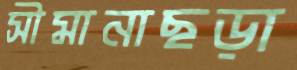
সীমানাছড়া